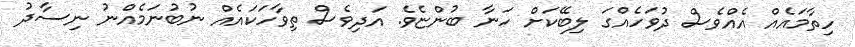
ހިތާމައެއް އެއްވެސް ދުވަހެއްގަ ލިބޭކަށް ހަނާ ބުންޏެވެ. އަދިވެސް ތިވާހަކައެއް ނުބުނަމެއްނު ނިސާދު